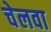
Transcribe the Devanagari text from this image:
चेलवा